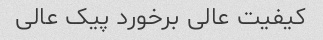
کیفیت عالی برخورد پیک عالی